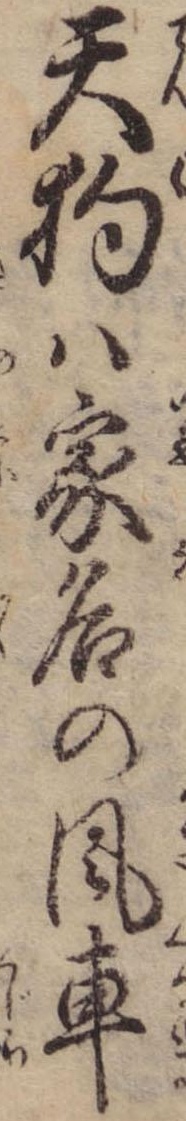
天狗は家名の風車